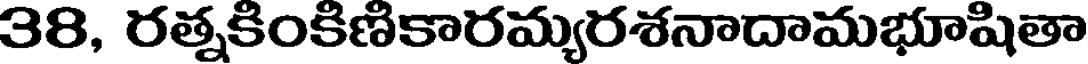
38, రత్నకింకిణికారమ్యరశనాదామభూషితా